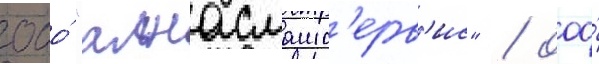
ооо́ "алнасмашс'ерв'ис" / ооо́